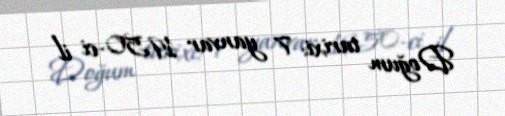
Doğum tarixi: 7 yanvar 1950-ci il